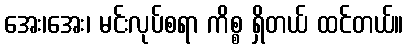
အေး၊အေး၊ မင်းလုပ်စရာ ကိစ္စ ရှိတယ် ထင်တယ်။